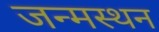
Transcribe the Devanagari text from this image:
जन्मस्थन